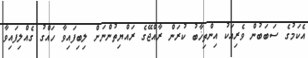
އެކަމުގެ ސަބަބުން ވެރިއަކު އިންތިޚާބު ކުރަން ރާއްޖޭގެ ރައްޔިތުންނަށް ލިބިފައިވާ ހައްގު ގެއްލިފައިވާ